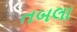
તબલા